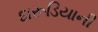
દારૂડિયાની